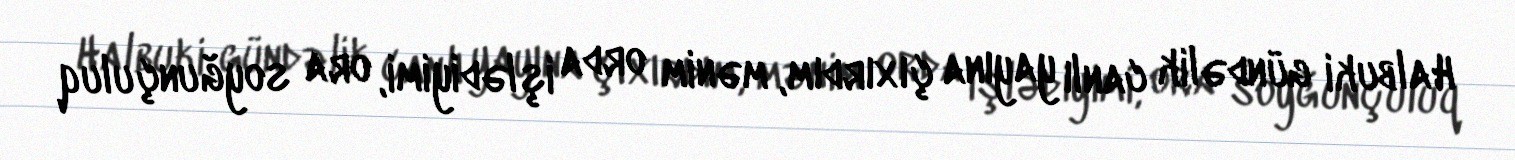
Halbuki gündəlik canlı yayına çıxırdım, mənim orda işlədiyimi, ora soyğunçuluq